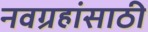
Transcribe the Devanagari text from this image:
नवग्रहांसाठी